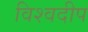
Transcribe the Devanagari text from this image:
विश्वदीप